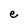
Character: e